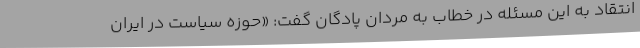
انتقاد به این مسئله در خطاب به مردان پادگان گفت: «حوزه سیاست در ایران